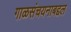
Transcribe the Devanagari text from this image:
गाळसंचयनाबद्दल